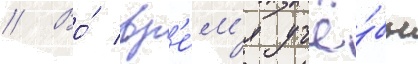
// Во́ вр'е́м'я учё́бы